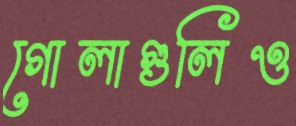
গোলাগুলিও